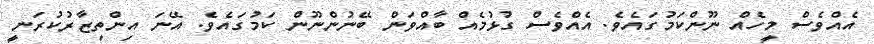
އެއްވެސް މީހެއް ނޫންކަމުގައެވެ. އެއްވެސް ގުޅުމެއް ބާއްވަން ބޭނުންނޫން ކަމުގައެވެ. އޭނަ އިންތިޒާރުކުރަނީ